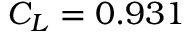
C _ { L } = 0 . 9 3 1